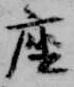
座